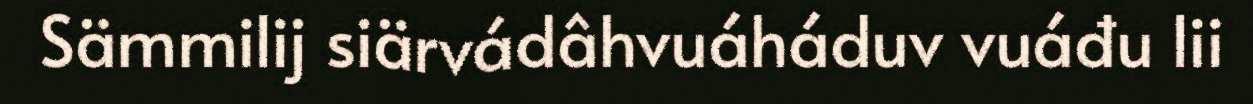
Sämmilij siärvádâhvuáháduv vuáđu lii